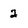
Character: 2